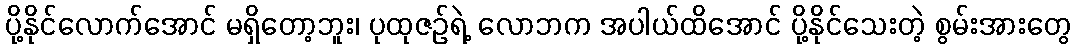
ပို့နိုင်လောက်အောင် မရှိတော့ဘူး၊ ပုထုဇဉ်ရဲ့ လောဘက အပါယ်ထိအောင် ပို့နိုင်သေးတဲ့ စွမ်းအားတွေ